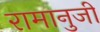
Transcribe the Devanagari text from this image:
रामानुजी